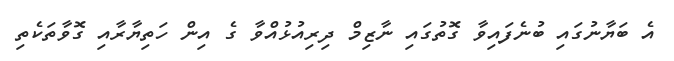
އެ ބަޔާނުގައި ބުނެފައިވާ ގޮތުގައި ނާޒިމް ދިރިއުޅުއްވާ ގެ އިން ހަތިޔާރާއި ގޮވާތަކެތި